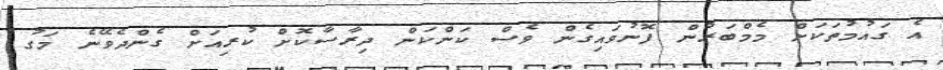
އެ ގައުމުތަކަށް މެމްބަރުން ފޮނުވައިގެން ވެސް ކަންކަން ދިރާސާކޮށް ކުރިއަށް ގެންދެވޭނެ މަގު